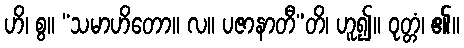
ဟိ၊ စွ။ “သမာဟိတော။ လ။ ပဇာနာတီ”တိ၊ ဟူ၍။ ဝုတ္တံ၊ ၏။